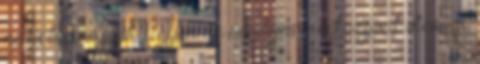
ne is beszéljünk. Ugyan ez érvényes a síközpont utcáira,